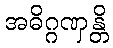
အဓိဂ္ဂဏှန္တိ